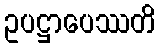
ဥပဋ္ဌာပေဿတိ